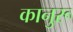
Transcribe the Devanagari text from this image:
कानुरू